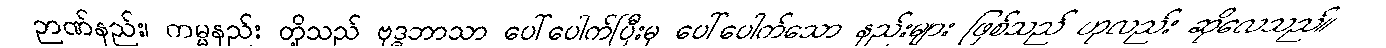
ဉာဏ်နည်း၊ ကမ္မနည်း တို့သည် ဗုဒ္ဓဘာသာ ပေါ်ပေါက်ပြီးမှ ပေါ်ပေါက်သော နည်းများ ဖြစ်သည် ဟုလည်း ဆိုလေသည်။